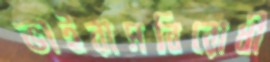
ভাইরাসবিরোধী